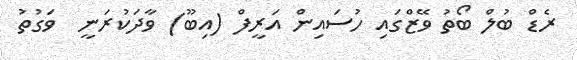
ރެޑް ބުލް ބޯތު ވޭޒްގައި ހުސައިން އަރީފް (އިބޫ) ވާދަކުރަނީ  ވަގުތު